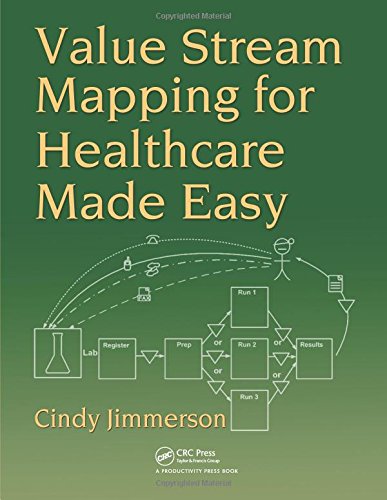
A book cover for Value Stream Mapping for Healthcare Made Easy; Cindy Jimmerson; Medical Books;